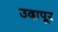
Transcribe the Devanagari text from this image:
उदापूर